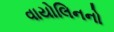
વાયોલિનનો